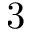
3